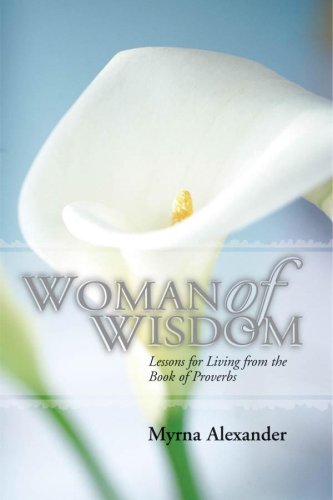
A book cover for Woman of Wisdom: Lessons for Living from the Book of Proverbs; Myrna Alexander; Christian Books & Bibles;